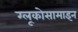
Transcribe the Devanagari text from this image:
ग्लूकोसामाइन